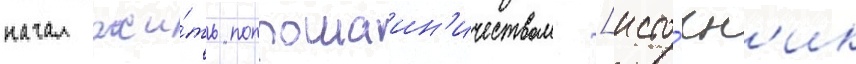
начал жи́ть попрошаин'ичеством [исто́чн'ик